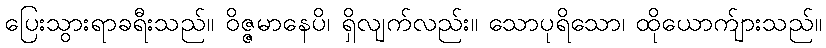
ပြေးသွားရာခရီးသည်။ ဝိဇ္ဇမာနေပိ၊ ရှိလျက်လည်း။ သောပုရိသော၊ ထိုယောက်ျားသည်။